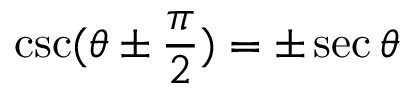
\csc ( \theta \pm { \frac { \pi } { 2 } } ) = \pm \sec \theta